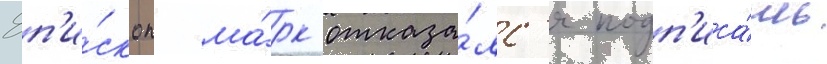
Еп'и́скоп ма́рк отказа́лс'я подп'иса́ть